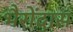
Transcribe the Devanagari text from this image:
भैरोंदास